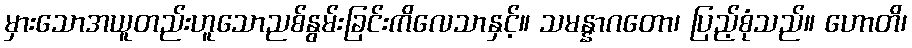
မှားသောအယူတည်းဟူသောညစ်နွမ်းခြင်းကိလေသာနှင့်။ သမန္နာဂတော၊ ပြည့်စုံသည်။ ဟောတိ၊